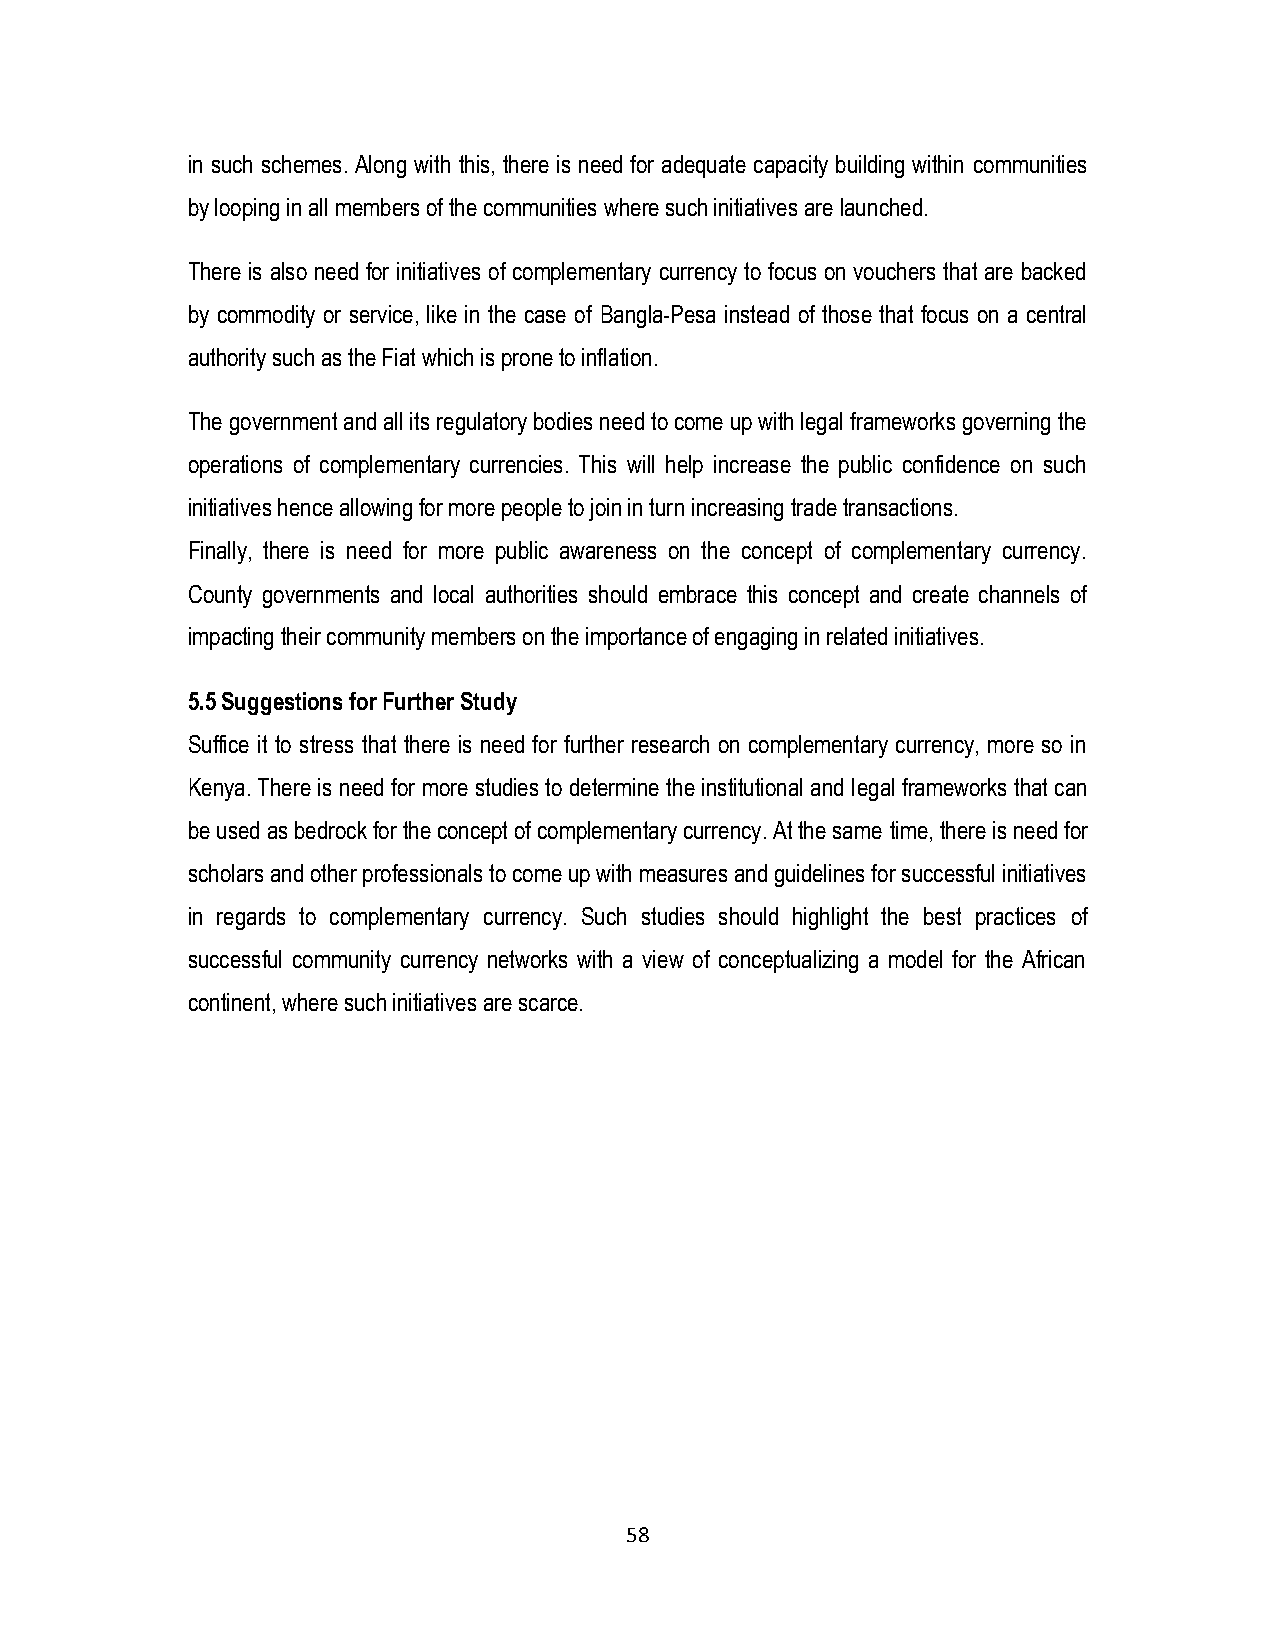
in such schemes. Along with this, there is need for adequate capacity building within communities
 by looping in all members of the communities where such initiatives are launched.
 There is also need for initiatives of complementary currency to focus on vouchers that are backed
 by commodity or service, like in the case of Bangla-Pesa instead of those that focus on a central
 authority such as the Fiat which is prone to inflation.
 The government and all its regulatory bodies need to come up with legal frameworks governing the
 operations of complementary currencies. This will help increase the public confidence on such
 initiatives hence allowing for more people to join in turn increasing trade transactions.
 Finally, there is need for more public awareness on the concept of complementary currency.
 County governments and local authorities should embrace this concept and create channels of
 impacting their community members on the importance of engaging in related initiatives.
 5.5 Suggestions for Further Study
 Suffice it to stress that there is need for further research on complementary currency, more so in
 Kenya. There is need for more studies to determine the institutional and legal frameworks that can
 be used as bedrock for the concept of complementary currency. At the same time, there is need for
 scholars and other professionals to come up with measures and guidelines for successful initiatives
 in regards to complementary currency. Such studies should highlight the best practices of
 successful community currency networks with a view of conceptualizing a model for the African
 continent, where such initiatives are scarce.
 58